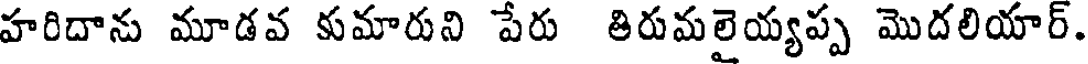
హరిదాను మూడవ కుమారుని పేరు తిరుమలైయ్యప్ప మొదలియార్.